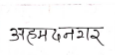
मजकूर: अहमदनगर